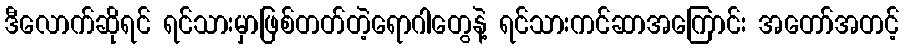
ဒီလောက်ဆိုရင် ရင်သားမှာဖြစ်တတ်တဲ့ရောဂါတွေနဲ့ ရင်သားကင်ဆာအကြောင်း အတော်အတင့်